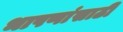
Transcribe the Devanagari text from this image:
भाषणांसाठी